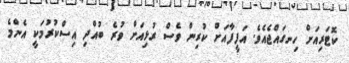
ކޮޓަރިއަށް ހިނގައްޖެއެވެ. އަފީފާއަށް ކުރިން ވެސް ރުޅިއަށް ވުރެ ބުއްދި އިސްކުރުމަކީ އެންމެ